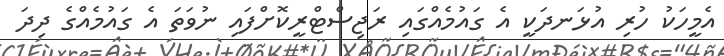
އެމީހަކު ހުރި އުޅަނދަކީ އެ ގައުމެއްގައި ރަޖިސްޓްރީކޮށްފައި ނުވަތަ އެ ގައުމެއްގެ ދިދަ